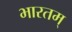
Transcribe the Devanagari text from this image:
भारतम्‌